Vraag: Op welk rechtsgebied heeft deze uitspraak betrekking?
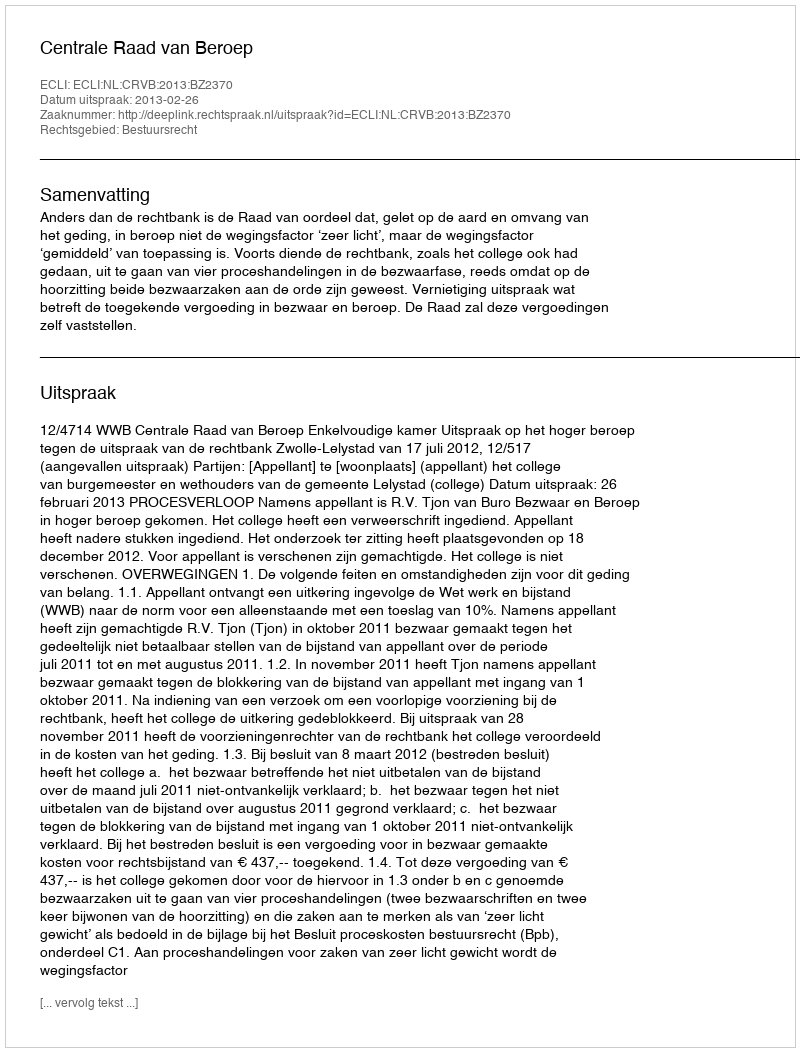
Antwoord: Bestuursrecht